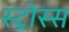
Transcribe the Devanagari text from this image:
स्ट्रोस्स